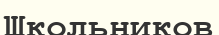
Школьников